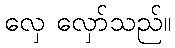
လှေ လှော်သည်။